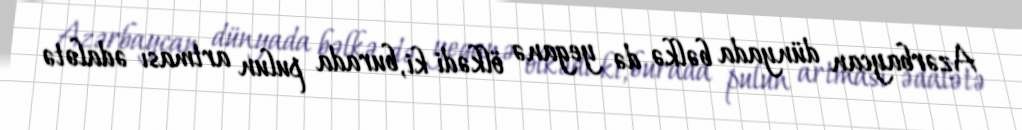
Azərbaycan dünyada bəlkə də yeganə ölkədi ki, burada pulun artması ədalətə